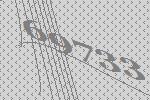
69733